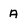
Character: A